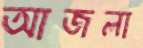
আজলা